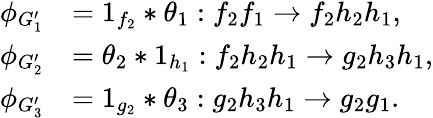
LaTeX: \begin{array}{rl}{\phi_{G_{1}^{\prime}}}&{=1_{f_{2}}*\theta_{1}:f_{2}f_{1}\to f_{2}h_{2}h_{1},}\\ {\phi_{G_{2}^{\prime}}}&{=\theta_{2}*1_{h_{1}}:f_{2}h_{2}h_{1}\to g_{2}h_{3}h_{1},}\\ {\phi_{G_{3}^{\prime}}}&{=1_{g_{2}}*\theta_{3}:g_{2}h_{3}h_{1}\to g_{2}g_{1}.}\end{array}